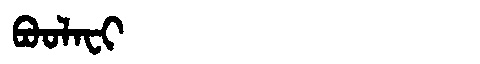
Manchu: ᠪᠣᠣᠯᠠᠸᡳ
Romanization: BOOLAFI